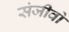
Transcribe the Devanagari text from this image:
संजीवो